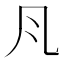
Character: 𭂬